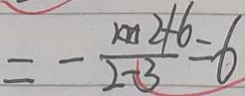
= - \frac { m 2 + 6 } { 2 - 3 } = 6